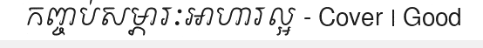
កញ្ចប់សម្ភារៈអាហារល្អ - Cover | Good